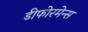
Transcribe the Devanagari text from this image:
डीफोरमेन्स